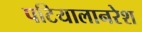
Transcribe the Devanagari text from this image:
पटियालानरेश